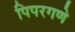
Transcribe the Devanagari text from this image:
पिपरगणे